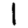
Digit: 1